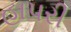
હાપરી